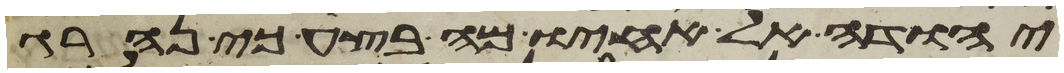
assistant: יהודה אל אחיו מה בצע כי נהרג